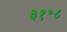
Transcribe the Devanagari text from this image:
३१॰८